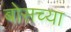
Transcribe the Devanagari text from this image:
बोसच्या